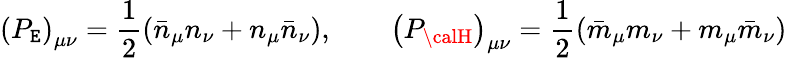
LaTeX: \left(P_{\cal\mathtt{E}}\right)_{\mu\nu}=\frac{{1}}{{2}}\left(\bar{{n}}_{\mu}n_{\nu}+n_{\mu}\bar{{n}}_{\nu}\right),\qquad\left(P_{\calH}\right)_{\mu\nu}=\frac{{1}}{{2}}\left(\bar{{m}}_{\mu}m_{\nu}+m_{\mu}\bar{{m}}_{\nu}\right)